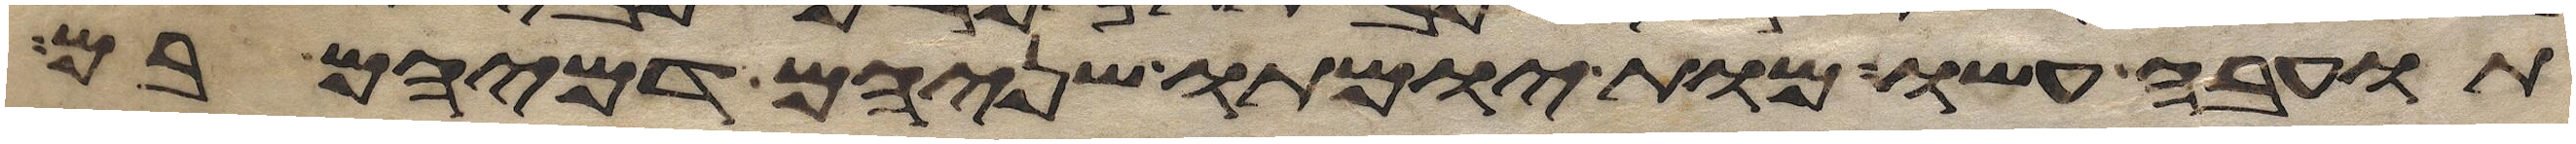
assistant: תועבה עשו מות יומתו שניהם דמיהם בם